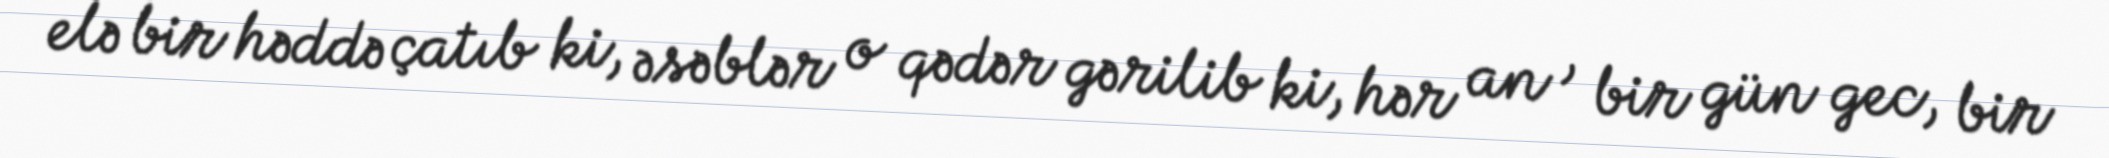
elə bir həddə çatıb ki, əsəblər o qədər gərilib ki, hər an , bir gün gec, bir